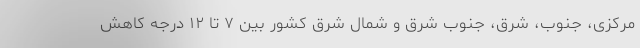
مرکزی، جنوب، شرق، جنوب شرق و شمال شرق کشور بین ۷ تا ۱۲ درجه کاهش